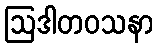
ဩဒါတဝသနာ